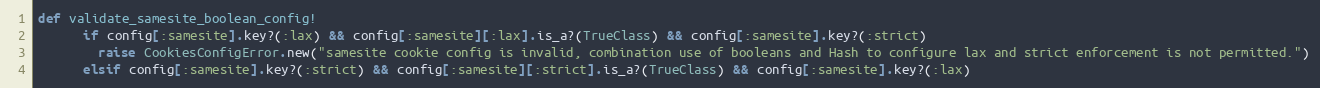
Language: Ruby
def validate_samesite_boolean_config!
      if config[:samesite].key?(:lax) && config[:samesite][:lax].is_a?(TrueClass) && config[:samesite].key?(:strict)
        raise CookiesConfigError.new("samesite cookie config is invalid, combination use of booleans and Hash to configure lax and strict enforcement is not permitted.")
      elsif config[:samesite].key?(:strict) && config[:samesite][:strict].is_a?(TrueClass) && config[:samesite].key?(:lax)